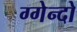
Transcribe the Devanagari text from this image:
ग्गेन्दो